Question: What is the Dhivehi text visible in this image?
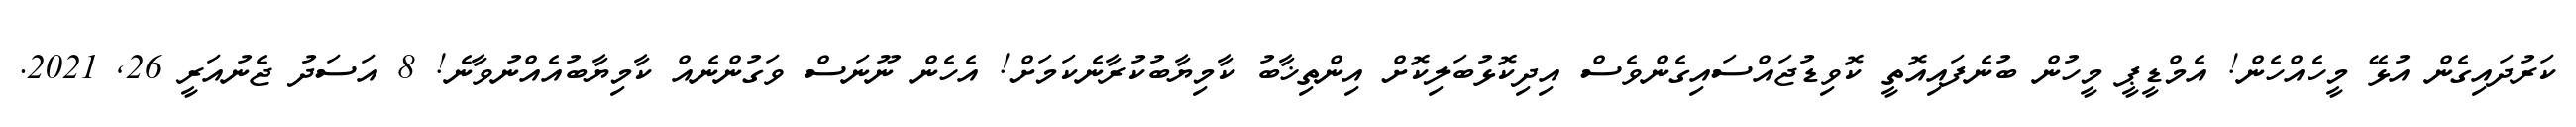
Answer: ކަރުދައިގެން އުޅޭ މީހެއްހެން! އެމްޑީޕީ މީހުން ބުނެފައިއޮތީ ކޮވިޑުޖައްސައިގެންވެސް އިދިކޮޅުބަލިކޮށް އިންތިޚާބު ކާމިޔާބުކުރާނެކަމަށް! އެހެން ނޫނަސް ވަގުންނެއް ކާމިޔާބުއެއްނުވާނެ! 8 އަސަދު ޖެނުއަރީ 26, 2021.